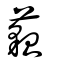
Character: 𧂀